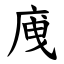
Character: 㡼